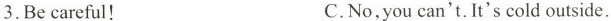
3.Be careful! C.No,you can't.It's cold outside.